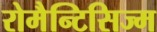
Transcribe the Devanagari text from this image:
रोमैन्टिसिज्म